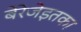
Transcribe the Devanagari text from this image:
बेरेजेइतका